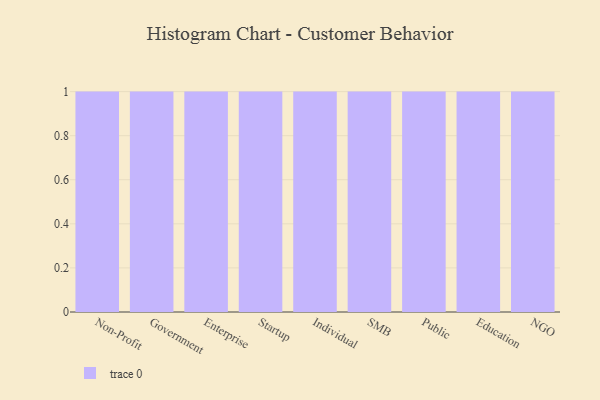
{"axis": {"x": "Segment", "y": "Demand Index"}, "legend": [""], "data": [{"x": "Non-Profit", "y": 91, "type": ""}, {"x": "Government", "y": 55, "type": ""}, {"x": "Enterprise", "y": 42, "type": ""}, {"x": "Startup", "y": 76, "type": ""}, {"x": "Individual", "y": 82, "type": ""}, {"x": "SMB", "y": 59, "type": ""}, {"x": "Public", "y": 61, "type": ""}, {"x": "Education", "y": 27, "type": ""}, {"x": "NGO", "y": 36, "type": ""}]}